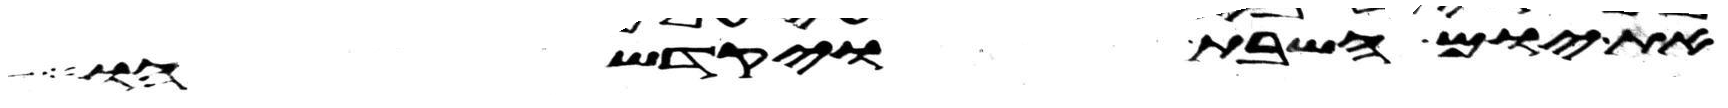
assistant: את יום השבת ויקדשהו